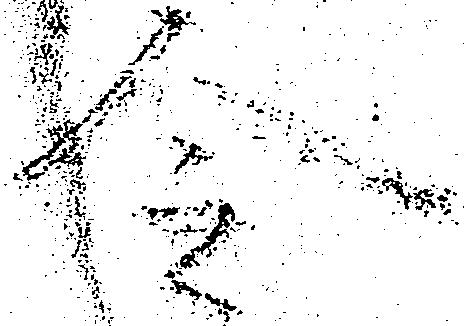
令